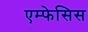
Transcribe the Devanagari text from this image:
एम्फेसिस